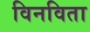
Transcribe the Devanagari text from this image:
विनविता